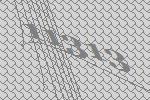
11313